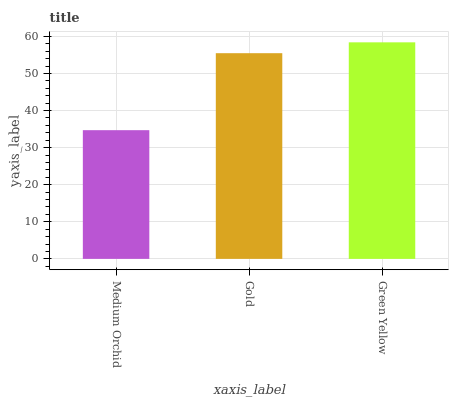
| xaxis_label | bars |
 | --- | --- |
 | Medium Orchid | 34.7 |
 | Gold | 55.5 |
 | Green Yellow | 58.4 |